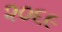
૨૦૬૯